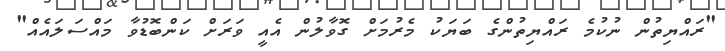
"ރައްޔިތުން ނުކުމެ ރައްޔިތުންގެ ބަޔަކު މެރުމަށް ގޮވާލުން އެއީ ވަރަށް ކަންބޮޑުވާ މައްސަލައެއް"